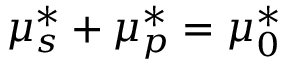
\mu _ { s } ^ { * } + \mu _ { p } ^ { * } = \mu _ { 0 } ^ { * }